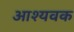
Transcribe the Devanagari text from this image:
आश्यवक